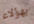
بهؤلاء